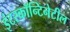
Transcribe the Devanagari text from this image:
इंटरकॉन्टिनेटील